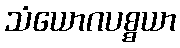
သံယောဂပစ္စယာ